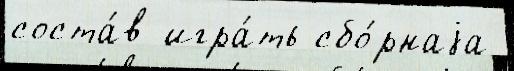
соста́в игра́ть сбо́рнаjа